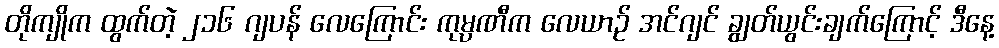
တိုကျိုက ထွက်တဲ့ ၂၁၆ ဂျပန် လေကြောင်း ကုမ္ပဏီက လေယာဉ် အင်ဂျင် ချွတ်ယွင်းချက်ကြောင့် ဒီနေ့